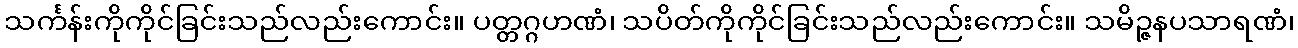
သင်္ကန်းကိုကိုင်ခြင်းသည်လည်းကောင်း။ ပတ္တဂ္ဂဟဏံ၊ သပိတ်ကိုကိုင်ခြင်းသည်လည်းကောင်း။ သမိဉ္ဇနပသာရဏံ၊